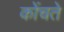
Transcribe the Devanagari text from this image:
कोंचते